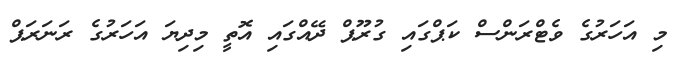
މި އަހަރުގެ ވެޓްރަންސް ކަޕްގައި ގުރޫޕް ދޭއްގައި އޮތީ މިދިޔަ އަހަރުގެ ރަނަރަޕް